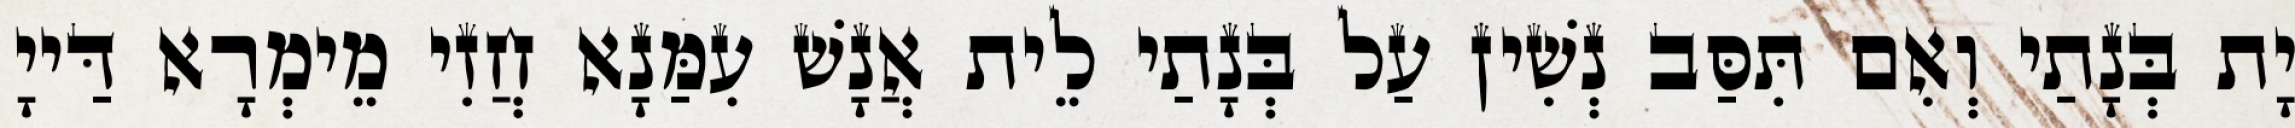
יָת בְּנָתַי וְאִם תִּסַּב נְשִׁין עַל בְּנָתַי לֵית אֲנָשׁ עִמַּנָא חֲזִי מֵימְרָא דַּייָ